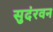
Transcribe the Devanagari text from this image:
सुदंरवन